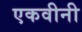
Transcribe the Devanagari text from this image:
एकवीनी